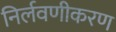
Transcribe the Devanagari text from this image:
निर्लवणीकरण